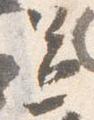
送